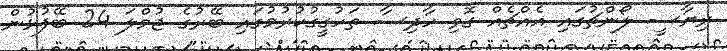
ރިޔާސީ ލޯންޗުގައި އެއްޗެއް ގޮވި ހާދިސާ ތަހުގީގުކުރުމުގައި ބޭރުގެ ޖުމްލަ 24 ބޭފުޅުން